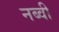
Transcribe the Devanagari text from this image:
नब्वी